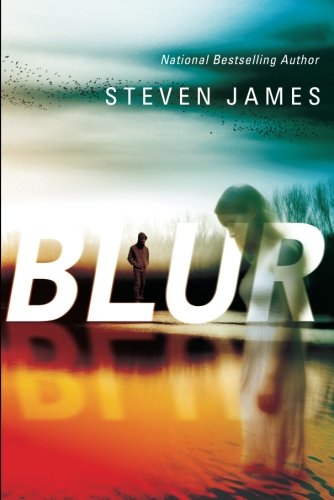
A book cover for Blur (Blur Trilogy); Steven James; Mystery, Thriller & Suspense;